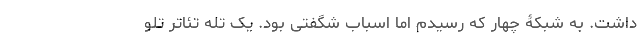
داشت. به شبکۀ چهار که رسیدم اما اسباب شگفتی بود. یک تله تئاتر تلو